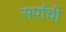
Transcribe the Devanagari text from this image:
सर्पांची